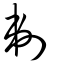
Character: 鬀